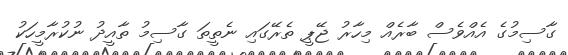
ގާސިމުގެ އެއްވެސް ބާރެއް މިހާރު ޖޭޕީ ތެރޭގައި ނެތީތަ ގާސިމު ތާއީދު ނުކުރާމީހަކު